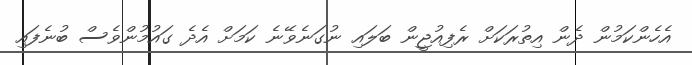
އެހެންކަމުން ދެން އިތުރަކަށް ރެފިއުޖީން ބަލައި ނުގަނެވޭނެ ކަމަށް އެދެ ގައުމުންވެސް ބުނެފައި